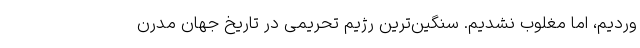
وردیم، اما مغلوب نشدیم. سنگین‌ترین رژیم تحریمی در تاریخ جهان مدرن